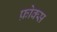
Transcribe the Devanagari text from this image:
फ़ोक्स